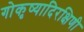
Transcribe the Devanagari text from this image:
गोकृष्यादिरक्षिणी